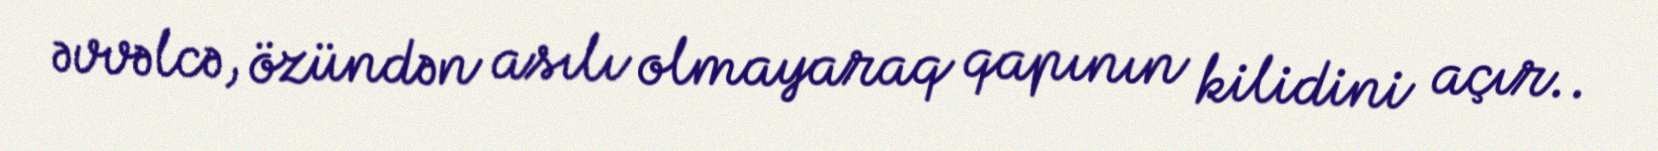
əvvəlcə, özündən asılı olmayaraq qapının kilidini açır..